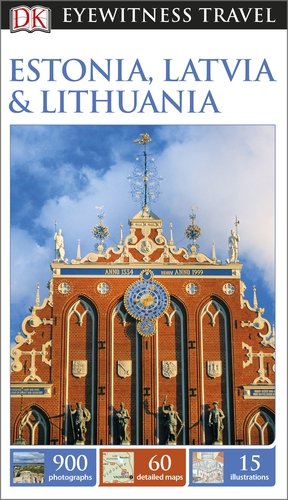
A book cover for Dk Eyewitness Travel Guide: Estonia, Latvia & Lithuania; Travel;